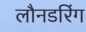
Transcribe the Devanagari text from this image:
लौनडरिंग